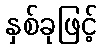
နှစ်ခုဖြင့်